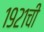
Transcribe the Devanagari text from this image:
१९२१ची